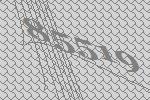
85519